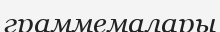
граммемалары